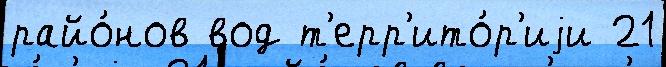
райо́нов вод т'ерр'ито́р'иjи 21